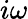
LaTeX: i\omega